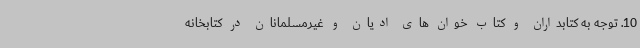
10. توجه به کتابداران و کتاب خوان های ادیان و غیرمسلمانان در کتابخانه